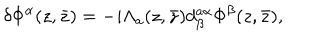
LaTeX: \delta \Phi ^ { \alpha } ( z , \bar { z } ) = - i \Lambda _ { a } ( z , \bar { z } ) d _ { \beta } ^ { a \alpha } \Phi ^ { \beta } ( z , \bar { z } ) ,